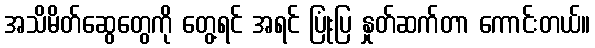
အသိမိတ်ဆွေတွေကို တွေ့ရင် အရင် ပြုံးပြ နှုတ်ဆက်တာ ကောင်းတယ်။